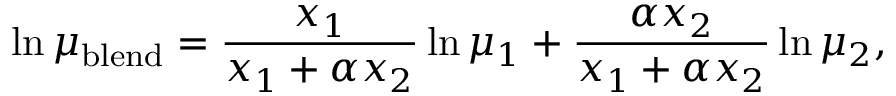
\ln \mu _ { \mathrm { b l e n d } } = { \frac { x _ { 1 } } { x _ { 1 } + \alpha x _ { 2 } } } \ln \mu _ { 1 } + { \frac { \alpha x _ { 2 } } { x _ { 1 } + \alpha x _ { 2 } } } \ln \mu _ { 2 } ,